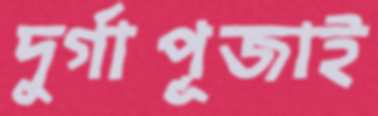
দুর্গাপূজাই